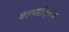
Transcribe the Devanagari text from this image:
वरुणादित्या